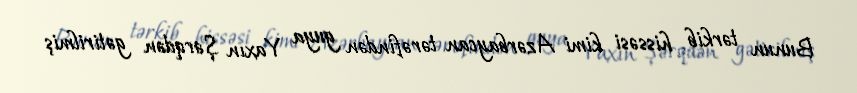
Bunun tərkib hissəsi kimi Azərbaycan tərəfindən guya Yaxın Şərqdən gətirilmiş